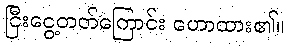
ငြီးငွေ့တတ်ကြောင်း ဟောထား၏။